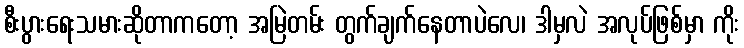
စီးပွားရေးသမားဆိုတာကတော့ အမြဲတမ်း တွက်ချက်နေတာပဲလေ၊ ဒါမှလဲ အလုပ်ဖြစ်မှာ ကိုး